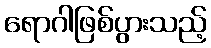
ရောဂါဖြစ်ပွားသည့်